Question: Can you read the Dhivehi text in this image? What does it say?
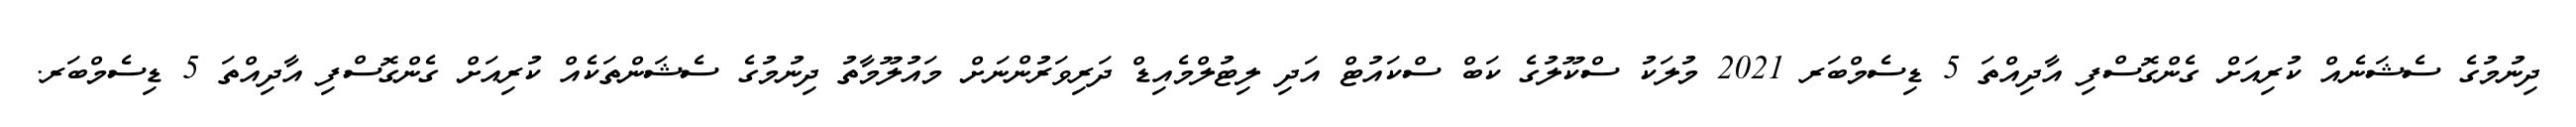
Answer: ދިނުމުގެ ސެޝަނެއް ކުރިއަށް ގެންގޮސްފި އާދިއްތަ 5 ޑިސެމްބަރ 2021 މުލަކު ސްކޫލުގެ ކަބް ސްކައުޓް އަދި ލިޓުލްމެއިޑް ދަރިވަރުންނަށް މައުލޫމާތު ދިނުމުގެ ސެޝަންތަކެއް ކުރިއަށް ގެންގޮސްފި އާދިއްތަ 5 ޑިސެމްބަރ.